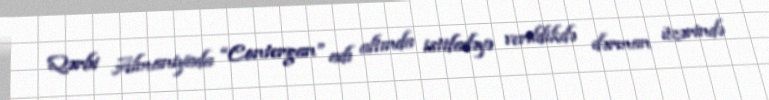
Qərbi Almaniyada “Contergan” adı altında istifadəyə verildikdə dərman üzərində